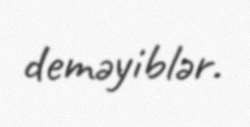
deməyiblər.